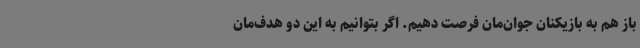
باز هم به بازیکنان جوان‌مان فرصت دهیم. اگر بتوانیم به این دو هدف‌مان